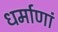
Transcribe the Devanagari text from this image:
धर्माणां